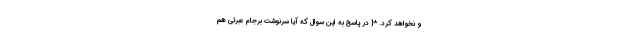
و نخواهد کرد. *{ در پاسخ به این سوال که آیا سرنوشت برجام عبرتی هم